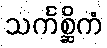
သင်္ကစ္ဆိကံ